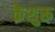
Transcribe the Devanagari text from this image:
केशुरू